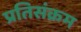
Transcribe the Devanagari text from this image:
प्रतिसंक्रम